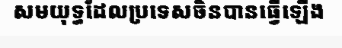
សមយុទ្ធដែលប្រទេសចិនបានធ្វើឡើង